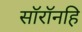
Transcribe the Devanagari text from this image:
सॉरॉनहि